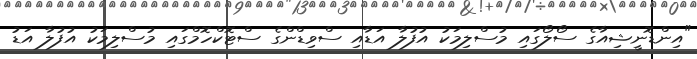
"އިންޑޮނީޝިއާގެ ސޯލޯގައި މުސްލިމަކު އުފުލާ އަޑާއި ސްވިޑްންގެ ސްޓޮކްހޮމްގައި މުސްލިމަކު އުފުލާ އަޑު